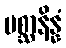
ပစ္ဆာနိန္နံ